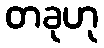
တခုဟု